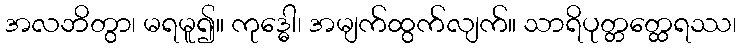
အလဘိတွာ၊ မရမူ၍။ ကုဒ္ဓေါ၊ အမျက်ထွက်လျက်။ သာရိပုတ္တတ္ထေရဿ၊